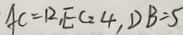
A C = 1 2 , E C = 4 , D B = 5